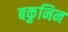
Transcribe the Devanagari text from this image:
बकुनिन